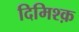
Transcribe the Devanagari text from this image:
दिमिश्क़